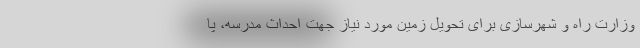
وزارت راه و شهرسازی برای تحویل زمین مورد نیاز جهت احداث مدرسه، پا